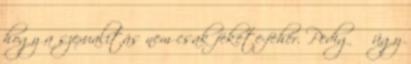
hogy a szexualitás nem csak fekete-fehér. Pedig ő úgy